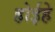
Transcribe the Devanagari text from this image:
होईहे